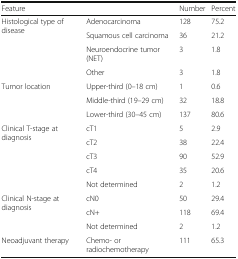
| Feature |  | Number | Percent |
 | --- | --- | --- | --- |
 | <ROWSPAN=4> Histological type of disease | Adenocarcinoma | 128 | 75.2 |
 | Squamous cell carcinoma | 36 | 21.2 |
 | Neuroendocrine tumor (NET) | 3 | 1.8 |
 | Other | 3 | 1.8 |
 | <ROWSPAN=3> Tumor location | Upper-third (0–18 cm) | 1 | 0.6 |
 | Middle-third (19–29 cm) | 32 | 18.8 |
 | Lower-third (30–45 cm) | 137 | 80.6 |
 | <ROWSPAN=5> Clinical T-stage at diagnosis | cT1 | 5 | 2.9 |
 | cT2 | 38 | 22.4 |
 | cT3 | 90 | 52.9 |
 | cT4 | 35 | 20.6 |
 | Not determined | 2 | 1.2 |
 | <ROWSPAN=3> Clinical N-stage at diagnosis | cN0 | 50 | 29.4 |
 | cN+ | 118 | 69.4 |
 | Not determined | 2 | 1.2 |
 | Neoadjuvant therapy | Chemo- or radiochemotherapy | 111 | 65.3 |